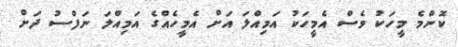
ކޮންމެ މީހަކު ވެސް އެމީހަކު އަމިއްލަ އަށް އެމީހެއްގެ އަމިއްލަ ނަފްސު ދަށް